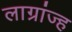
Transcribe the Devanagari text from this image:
लाग्रांज्ह